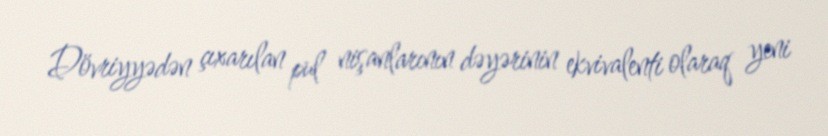
Dövriyyədən çıxarılan pul nişanlarının dəyərinin ekvivalenti olaraq yeni